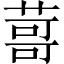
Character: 䔅